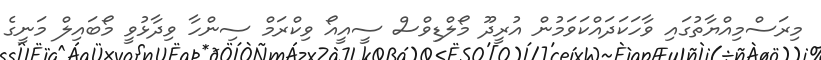
މިރަސްމިއްޔާތުގައި ވާހަކަދައްކަވަމުން އުރީދޫ މޯލްޑިވްސް ސީއީއޯ ވިކްރަމް ސިންހާ ވިދާޅުވީ މޯބައިލް މަނީގެ